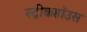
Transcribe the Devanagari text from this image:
स्ट्रीकहॉउस